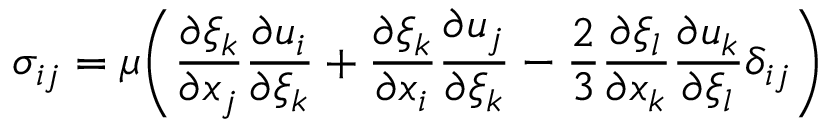
\sigma _ { i j } = \mu \bigg ( \frac { \partial \xi _ { k } } { \partial x _ { j } } \frac { \partial u _ { i } } { \partial \xi _ { k } } + \frac { \partial \xi _ { k } } { \partial x _ { i } } \frac { \partial u _ { j } } { \partial \xi _ { k } } - \frac { 2 } { 3 } \frac { \partial \xi _ { l } } { \partial x _ { k } } \frac { \partial u _ { k } } { \partial \xi _ { l } } \delta _ { i j } \bigg )